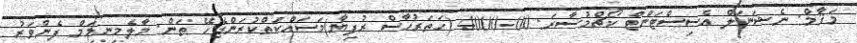
މަޤާމް: ނެޝަނަލް އެސިސްޓަންޓް ކޯޗްމުސާރަ: 4000.00 (ހަތަރުހާސް ރުފިޔާ)މަސައްކަތްކުރަންޖެހޭ ތަން: މާލެމިނިމަމް ފެންވަރު